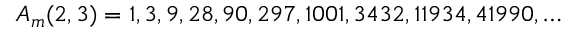
A _ { m } ( 2 , 3 ) = 1 , 3 , 9 , 2 8 , 9 0 , 2 9 7 , 1 0 0 1 , 3 4 3 2 , 1 1 9 3 4 , 4 1 9 9 0 , \ldots